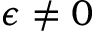
\epsilon \neq 0